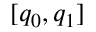
[ q _ { 0 } , q _ { 1 } ]